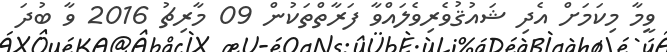
ވީމާ މިކަމަށް އެދި ޝައުޤުވެރިވެލައްވާ ފަރާތްތަކުން 09 މާރިޗު 2016 ވާ ބުދަ